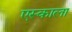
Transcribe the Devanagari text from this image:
एस्काला